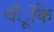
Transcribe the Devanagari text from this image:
चँूंकि